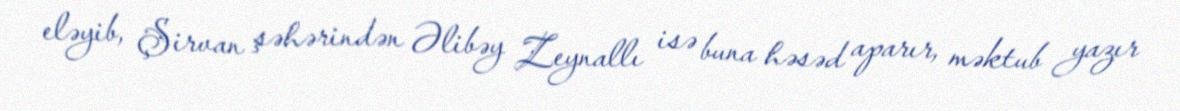
eləyib, Şirvan şəhərindən Əlibəy Zeynallı isə buna həsəd aparır, məktub yazır